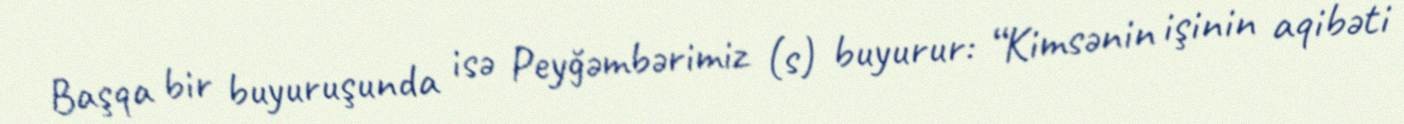
Başqa bir buyuruşunda isə Peyğəmbərimiz (s) buyurur: “Kimsənin işinin aqibəti